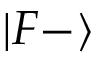
| F { - } \rangle